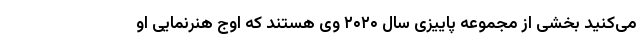
می‌کنید بخشی از مجموعه پاییزی سال ۲۰۲۰ وی هستند که اوج هنرنمایی او